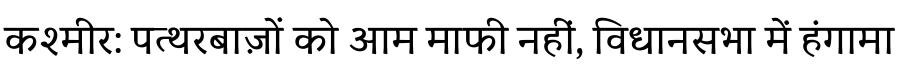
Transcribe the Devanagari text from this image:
कश्मीर: पत्थरबाज़ों को आम माफी नहीं, विधानसभा में हंगामा